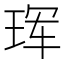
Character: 珲